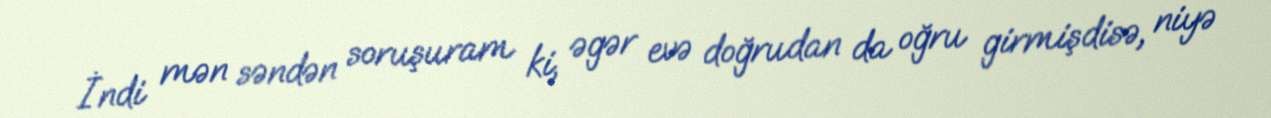
İndi mən səndən soruşuram ki, əgər evə doğrudan da oğru girmişdisə, niyə